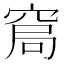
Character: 𱷂